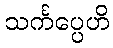
သင်္ကပ္ပေဟိ